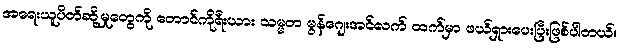
အရေးယူပိတ်ဆို့မှုတွေကို တောင်ကိုရီးယား သမ္မတ မွန်ဂျေးအင်လက် ထက်မှာ ဖယ်ရှားပေးပြီးဖြစ်ပါတယ်။